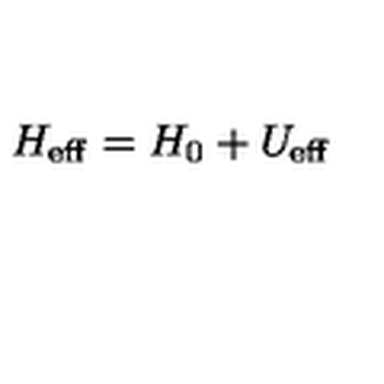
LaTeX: H _ { \mathrm { e f f } } = H _ { 0 } + U _ { \mathrm { e f f } }